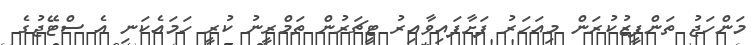
މަންހަޖު ތަންފީޒުކުރަން މިއަހަރު ފަށާފައިވާއިރު ޓީޗަރުން ތަމްރީނު ކުރީ ހަމައެކަނި އެ ސްޓޭޖުގެ